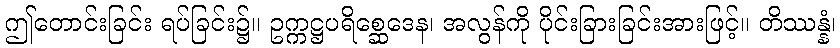
ဤတောင်းခြင်း ရပ်ခြင်း၌။ ဥက္ကဋ္ဌပရိစ္ဆေဒေန၊ အလွန်ကို ပိုင်းခြားခြင်းအားဖြင့်။ တိဿန္နံ၊